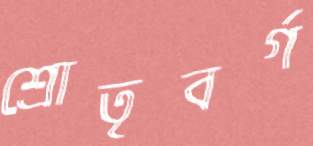
শ্রোতৃবর্গ